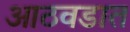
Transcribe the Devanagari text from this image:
आठवडात